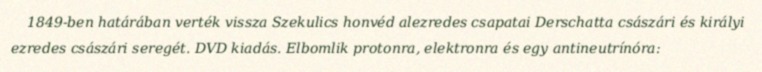
1849-ben határában verték vissza Szekulics honvéd alezredes csapatai Derschatta császári és királyi ezredes császári seregét. DVD kiadás. Elbomlik protonra, elektronra és egy antineutrínóra: